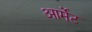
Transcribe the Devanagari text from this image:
आर्मेंट